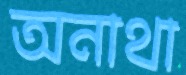
অনাথা